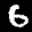
Label: 6